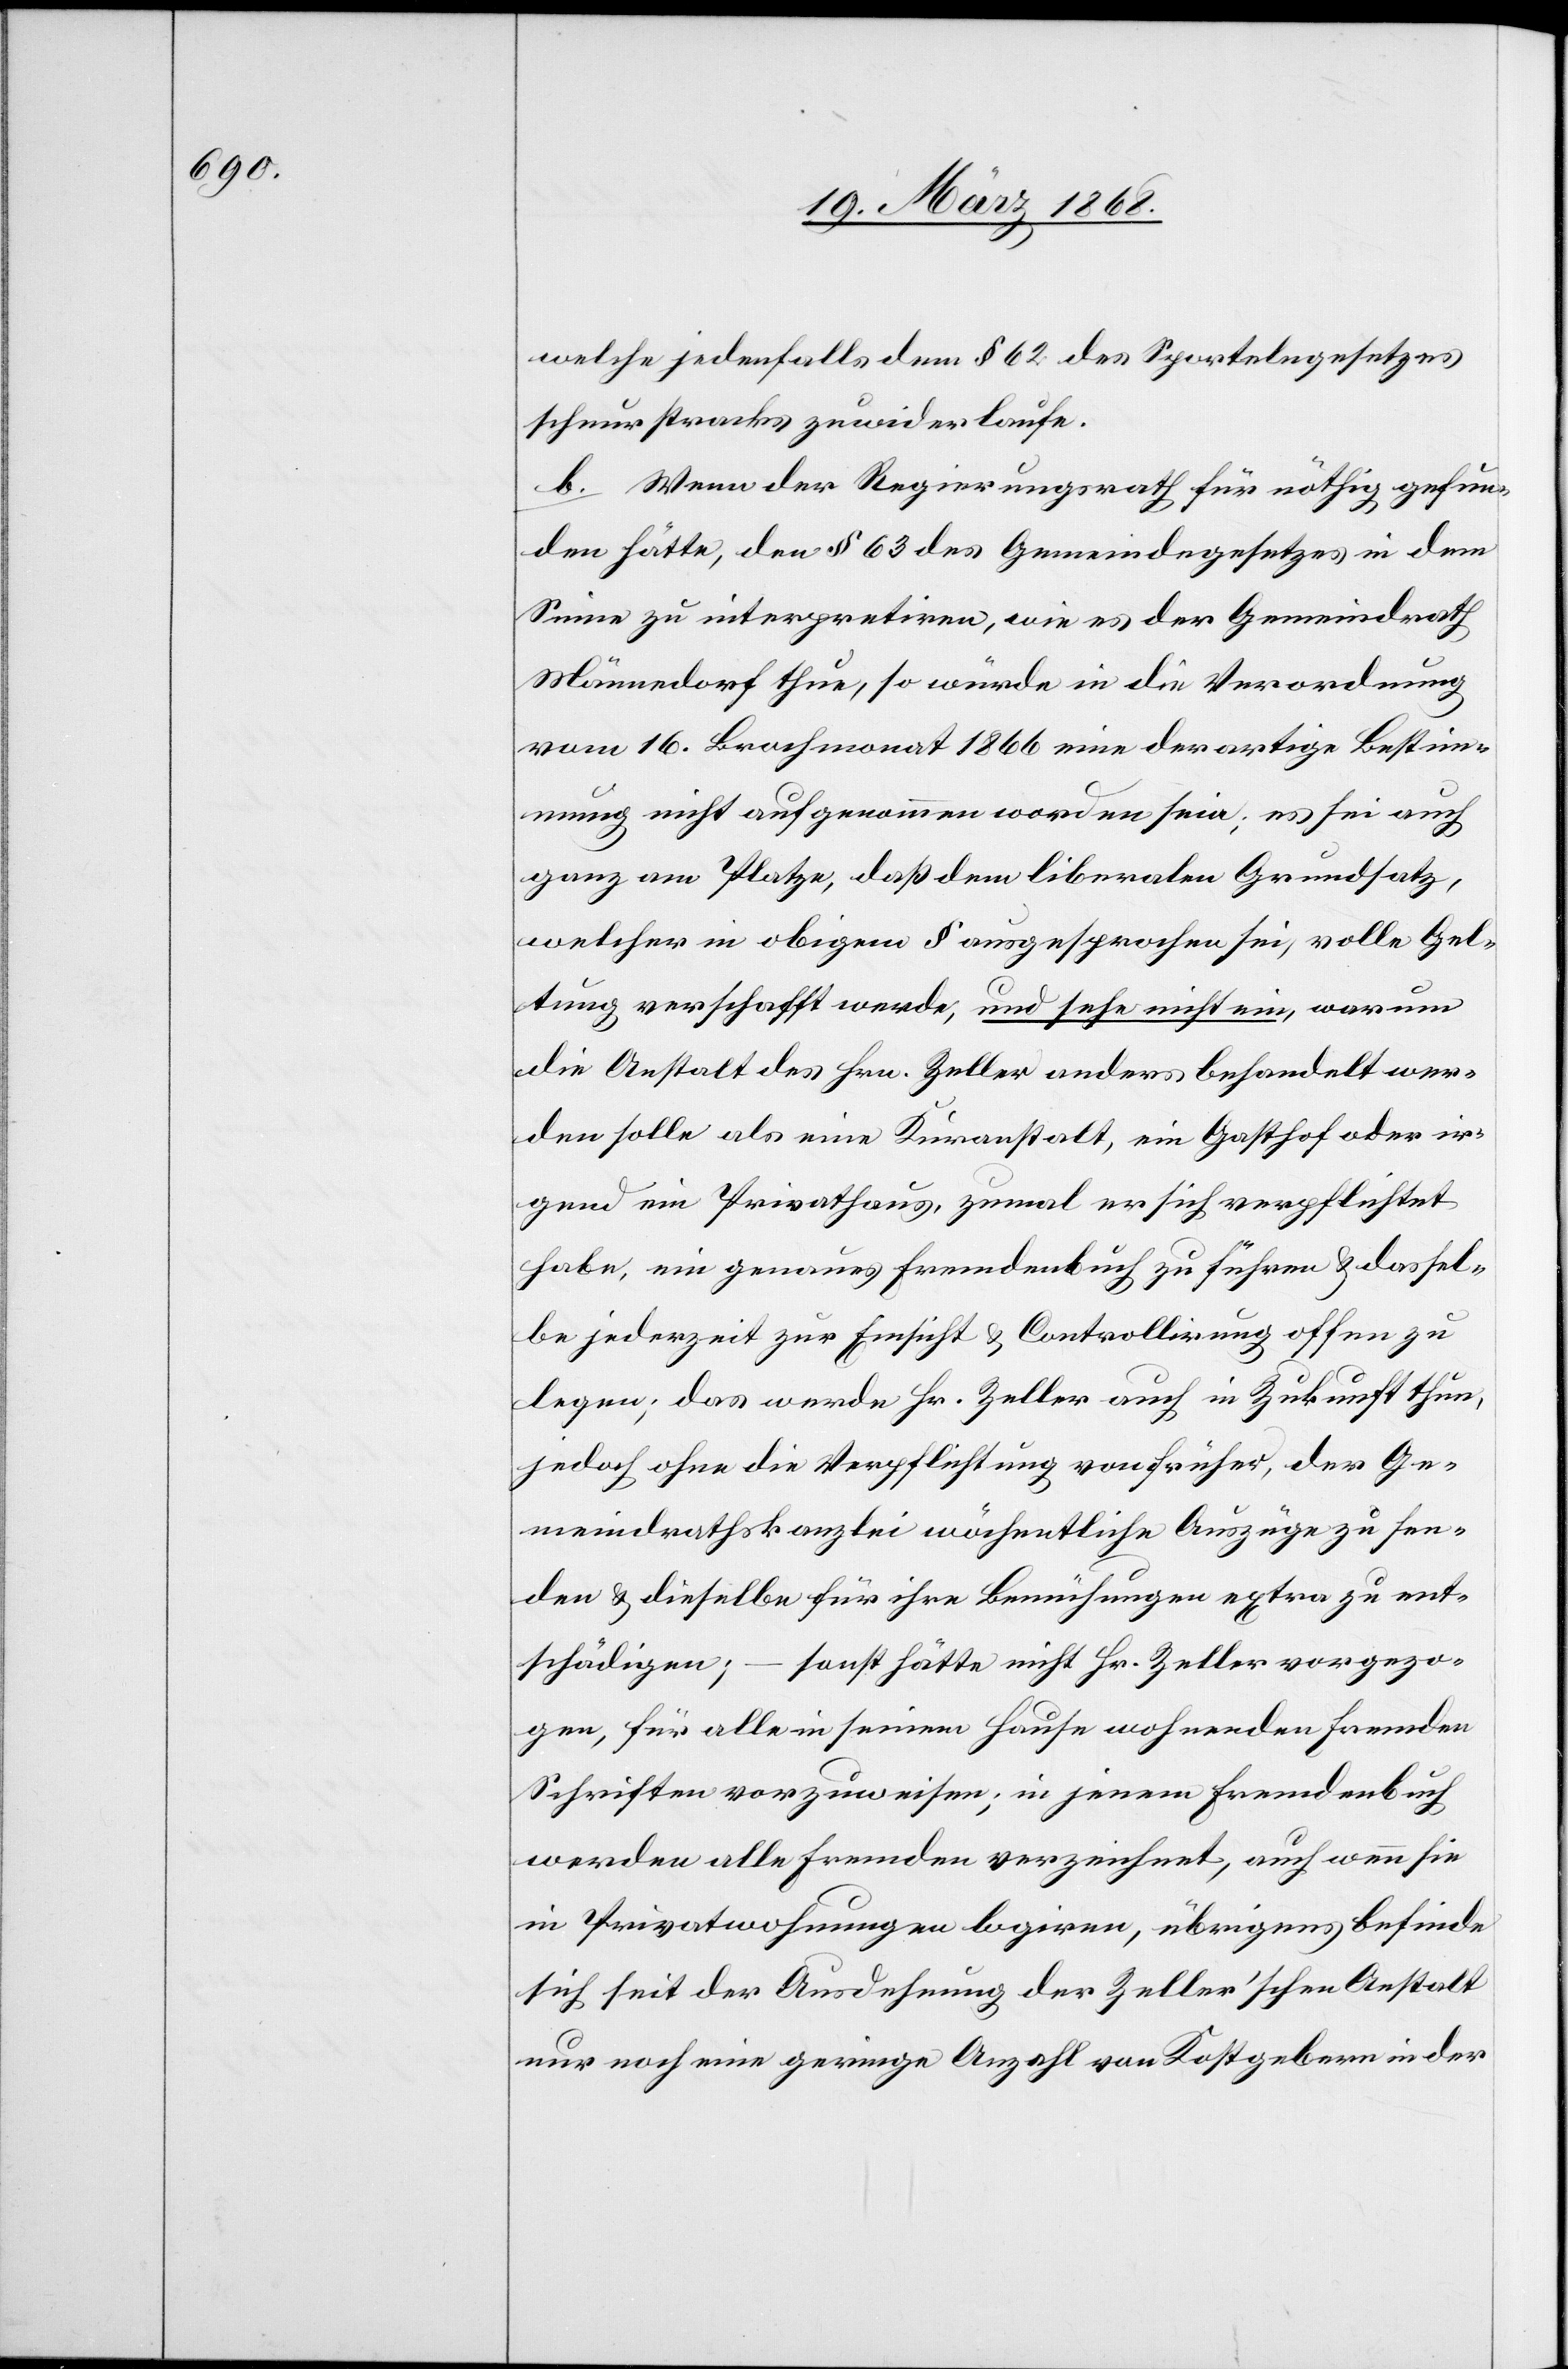
welche jedenfalls dem § 62 des Sportelngesetzes
schnurstracks zuwider laufe.
b. Wenn der Regierungsrath für nöthig gefun¬
den hätte, den § 63 des Gemeindegesetzes in dem
Sinne zu interpretiren, wie es der Gemeindrath
Männedorf thue, so würde in die Verordnung
vom 16. Brachmonat 1866 eine derartige Bestim¬
mung nicht aufgenommen worden sein; es sei auch
ganz am Platze, daß dem liberalen Grundsatz,
welcher in obigem § ausgesprochen sei, volle Gel¬
tung verschafft werde, und sehe nicht ein, warum
die Anstalt des Hrn. Zeller anders behandelt wer¬
den solle als eine Kuranstalt, ein Gasthof oder ir¬
gend ein Privathaus, zumal er sich verpflichtet
habe, ein genaues Fremdenbuch zu führen & dassel¬
be jederzeit zur Einsicht & Controllirung offen zu
legen; das werde Hr. Zeller auch in Zukunft thun,
jedoch ohne die Verpflichtung von früher, der Ge¬
meindrathskanzlei wöchentliche Auszüge zu sen¬
den & dieselbe für ihre Bemühungen extra zu ent¬
schädigen; – sonst hätte nicht Hr. Zeller vorgezo¬
gen, für alle in seinem Hause wohnenden Fremden
Schriften vorzuweisen; in jenem Fremdenbuch
werden alle Fremden verzeichnet, auch wenn sie
in Privatwohnungen logiren, übrigens befinde
sich seit der Ausdehnung der Zeller’schen Anstalt
nur noch eine geringe Anzahl von Kostgebern in der